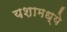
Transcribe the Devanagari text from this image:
यशामध्ये